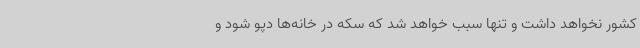
کشور نخواهد داشت و تنها سبب خواهد شد که سکه در خانه‌ها دپو شود و